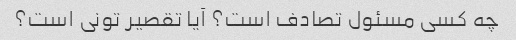
چه کسی مسئول تصادف است؟ آیا تقصیر تونی است؟